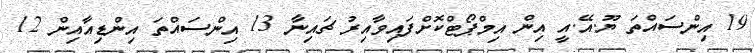
19 އިންސައްތަ ޔޫ.އޭ.އީ އިން އިމްޕޯޓްކޮށްފައިވާއިރު ޗައިނާ 13 އިންސައްތަ އިންޑިއާއިން 12